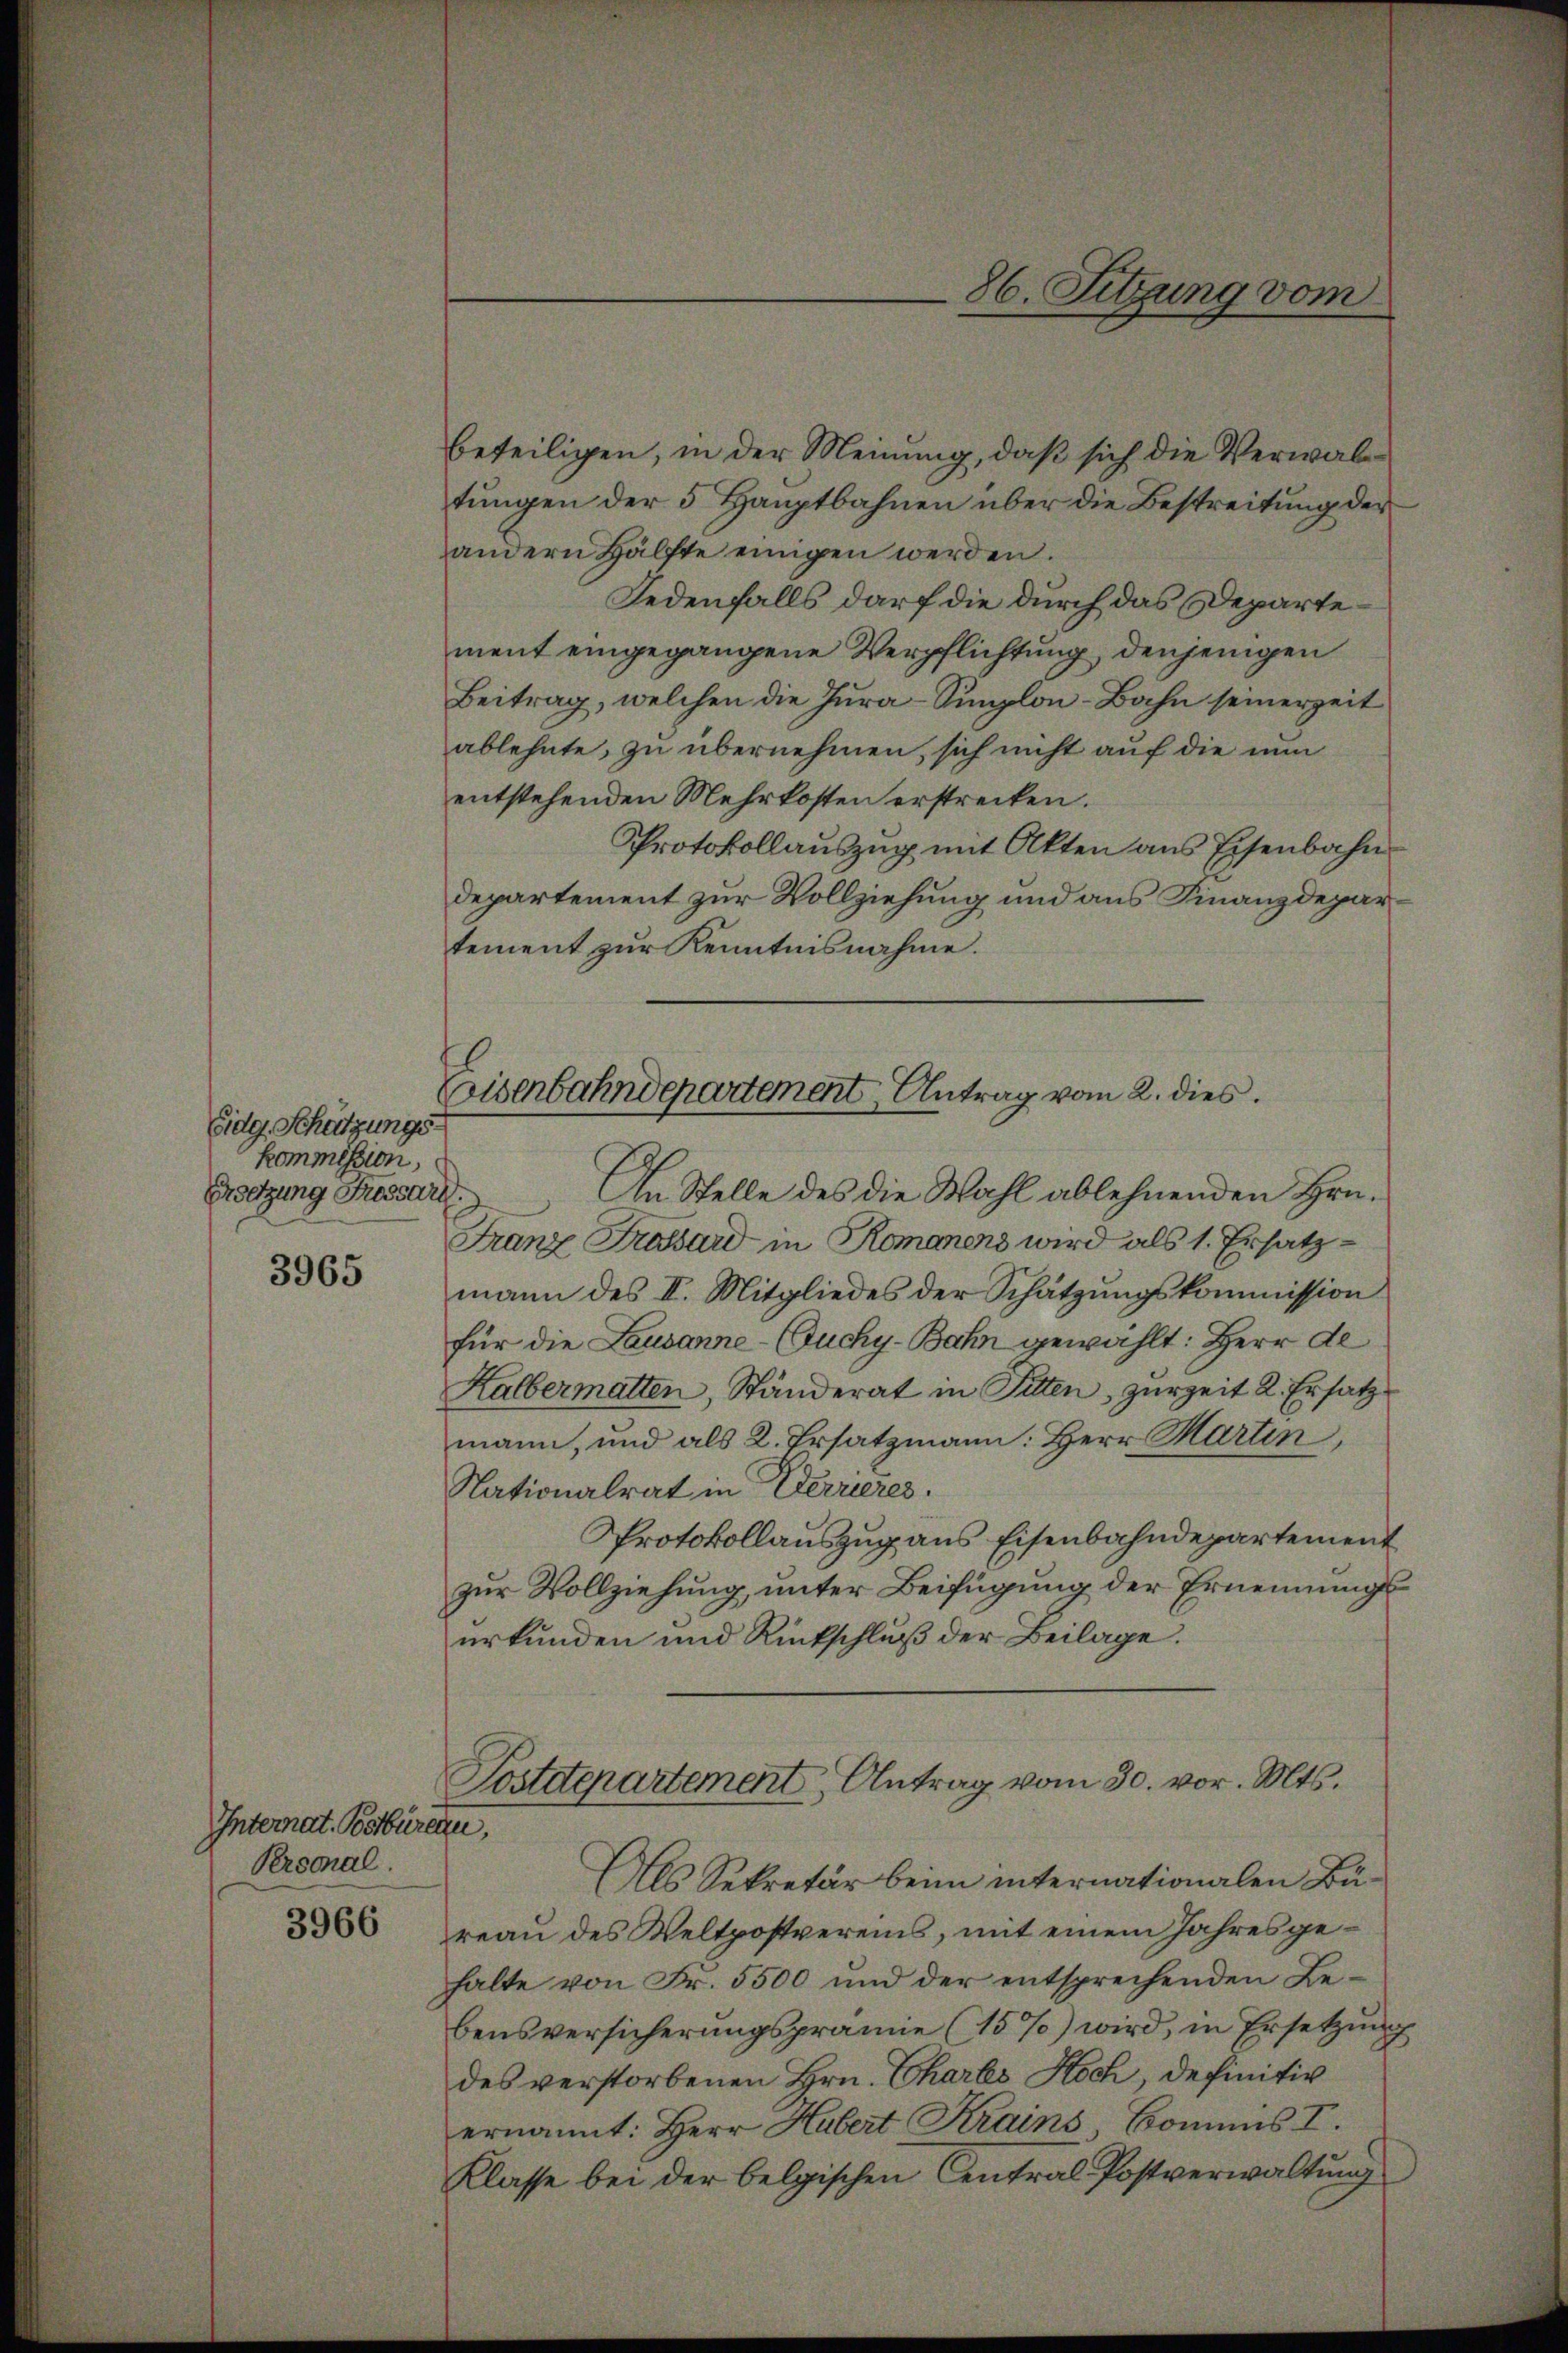
Eidg. Schützungskommission,
Ersetzung Fressari

3965

Internat. Postbüren,
Personal.

3966

86. Sitzung vom

beteiligen, in der Meinung, daß sich die Verwaltungen der 5 Hauptbahnen über die Bestreitung der
andern Hälfte einigen werden.
Jedenfalls darf die durch das Departement eingegangene Verpflichtung, denjenigen
Beitrag, welchen die Jura-Simplon-Bahn seinerzeit
ablehnte, zu übernehmen, sich nicht auf die nun
entstehenden Mehrkosten erstrecken.
Protokollauszug mit Akten aus Eisenbahn
departement zur Vollziehung und aus Finanzdepartement zur Kenntnisnahme.
Eisenbahndepartement Antrag vom 2. dies

An Stelle des die Wahl ablehnenden Hrn.
Franz Frossard in Romanens wird als 1. Ersatzmann des II. Mitgliedes der Schätzungskommission
für die Lausanne - (Guchy-Bahn gewählt: Herr Al
Halbermatten, Ständerat in Sitten, zurzeit 2. Ersatz
mann, und als 2. Ersatzmann: Herr Martin,
Nationalrat in Verrieres.
Protokollauszug aus Eisenbahndepartement
zur Vollziehung, unter Beifügung der Ernennungsurkunden und Rückschluß der Beilage.

Postdepartement Antrag vom 30. vor. Mts.

Als Sekretär beim internationalen Büreau des Weltpostvereins, mit einem Jahresgehalte von Fr. 5500 und der entsprechenden Be-
bensversicherungsprämie (15%) wird, in Ersetzung
des verstorbenen Hrn. Charts Koch, definitiv
ernannt: Herr Hubert Krains Bomus IV.
Klasse bei der belgischen Central-Postverwaltung